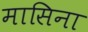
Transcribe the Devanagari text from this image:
मासिना